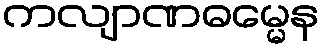
ကလျာဏဓမ္မေန